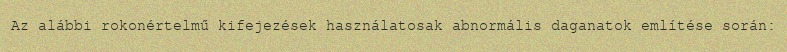
Az alábbi rokonértelmű kifejezések használatosak abnormális daganatok említése során: